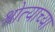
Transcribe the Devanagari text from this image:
श्रोत्याच्या